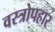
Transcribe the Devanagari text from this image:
वस्त्रोपहार